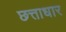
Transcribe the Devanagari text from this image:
छत्ताधार